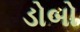
ડોબો